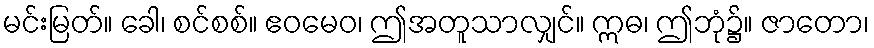
မင်းမြတ်။ ခေါ၊ စင်စစ်။ ဧဝမေဝ၊ ဤအတူသာလျှင်။ ဣဓ၊ ဤဘုံ၌။ ဇာတော၊